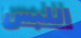
اللبس